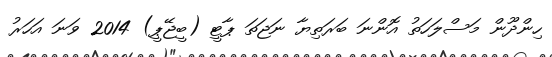
ހިންދޫން މަސްލަހަތު އޮންނަ ބަރަތިޔާ ނަޖަތަ ޕާޓީ (ބީޖޭޕީ) 2014 ވަނަ އަހަރު